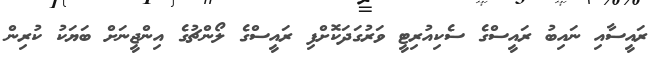
ރައީސާއި ނައިބު ރައީސްގެ ސެކިއުރިޓީ ވަރުގަދަކޮށްފި ރައީސްގެ ލޯންޗުގެ އިންޖީނަށް ބަޔަކު ކުރިން